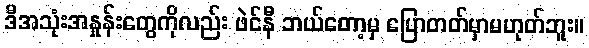
ဒီအသုံးအနှုန်းတွေကိုလည်း ဖဲင်နီ ဘယ်တော့မှ ပြောတတ်မှာမဟုတ်ဘူး။